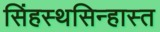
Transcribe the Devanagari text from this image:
सिंहस्थसिन्हास्त